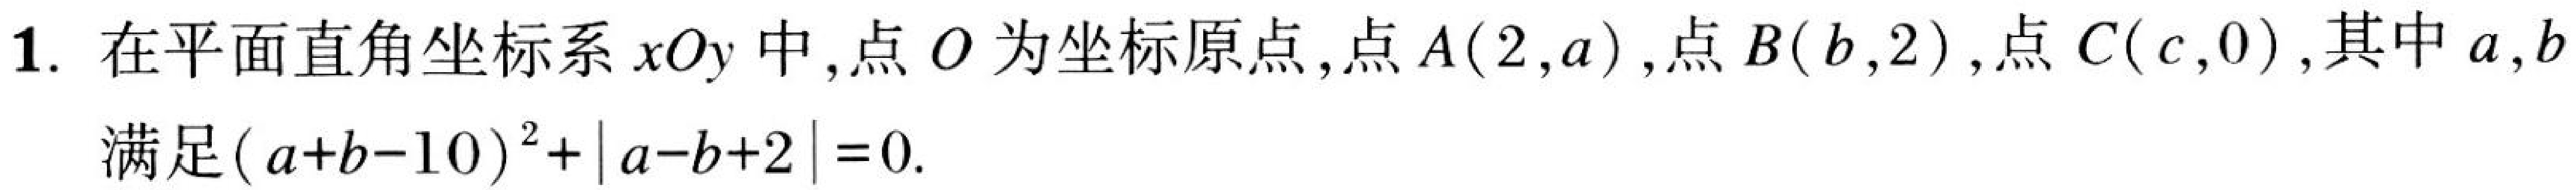
1. 在平面直角坐标系\(xOy\)中，点\(O\)为坐标原点，点\(A(2,a)\)，点\(B(b,2)\)，点\(C(c,0)\)，其中\(a,b\)满足\((a + b - 10)^2+\vert a - b + 2\vert = 0\).